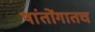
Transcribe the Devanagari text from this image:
षांतोंगातच